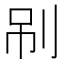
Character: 𠜏